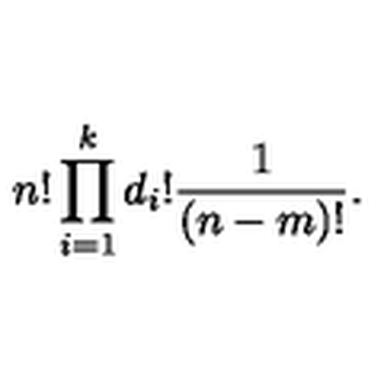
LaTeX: n ! \prod _ { i = 1 } ^ { k } d _ { i } ! { \frac { 1 } { ( n - m ) ! } } .